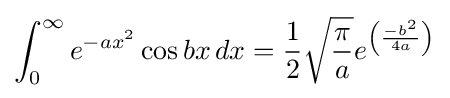
\int _{0}^{\infty }{e^{-ax^{2}}}\cos bx\,dx={\frac {1}{2}}{\sqrt {\frac {\pi }{a}}}e^{\left({\frac {-b^{2}}{4a}}\right)}